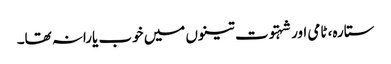
ستارہ، ٹامی اور شہتوت تینوں میں خوب یارانہ تھا۔